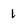
Character: 1